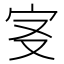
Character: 𡧕